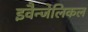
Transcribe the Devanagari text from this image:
इवैन्जेलिकल